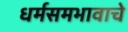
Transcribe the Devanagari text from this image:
धर्मसमभावाचे